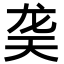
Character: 䶮